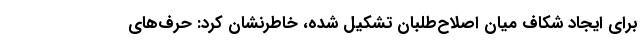
برای ایجاد شکاف میان اصلاح‌طلبان تشکیل شده، خاطرنشان کرد: حرف‌های